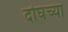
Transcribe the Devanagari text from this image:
दोघंच्या